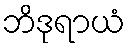
ဘိဒုရာယံ